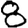
Digit: 8